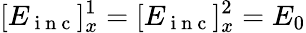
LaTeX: [E_{\mathrm{~i~n~c~}}]_{x}^{1}=[E_{\mathrm{~i~n~c~}}]_{x}^{2}=E_{0}